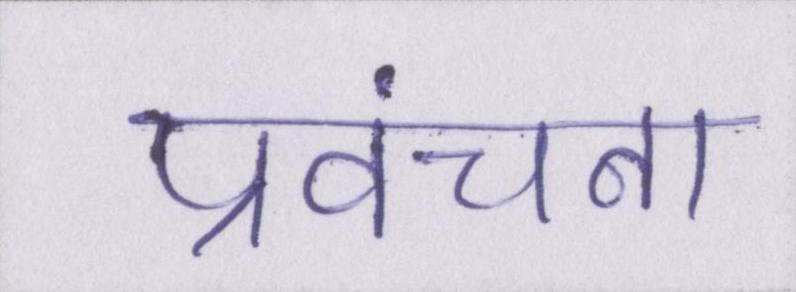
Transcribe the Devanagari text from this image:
प्रवंचना